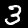
Digit: 3